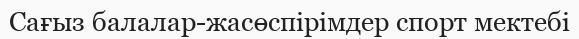
Сағыз балалар-жасөспірімдер спорт мектебі